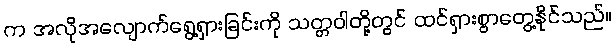
က အလိုအလျောက်ရွေ့ရှားခြင်းကို သတ္တဝါတို့တွင် ထင်ရှားစွာတွေ့နိုင်သည်။